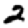
Digit: 2